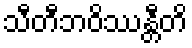
သီတီဘဝိဿန္တီတိ